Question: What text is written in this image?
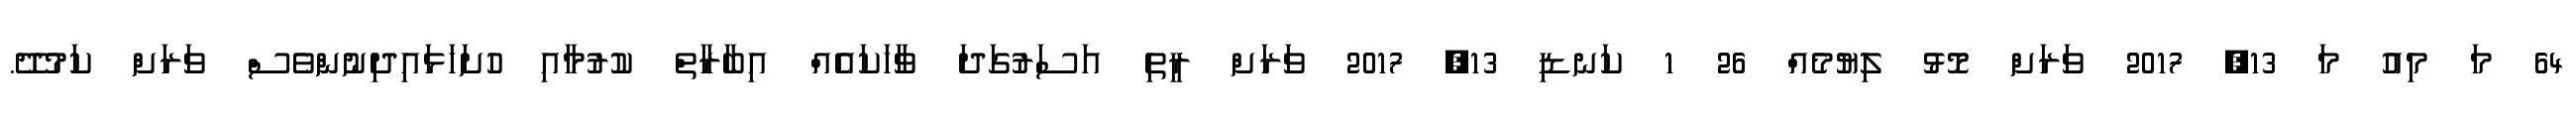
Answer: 64 މަ މިއު މަ 13, 2017 ވަރަށް މޮޅު ލިޔުމެއް 26 1 ކަނޑި 13, 2017 ވަރަށް ރީތި އަސަރުގަދަ ވާހަކައެއް އިބާރާތް ކުރުމާއި ހުށަހަޅައިދިނުންވެސް ވަރަށް ކަމުދޭ.